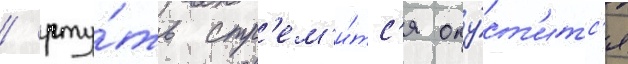
/ рту́ть стр'ем'и́тс'я опу́ст'итс'я